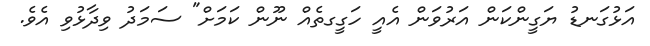
އަޅުގަނޑު ޔަގީންކަން އަރުވަން އެއީ ހަގީގތެއް ނޫން ކަމަށް" ސަމަދު ވިދާޅުވި އެވެ.